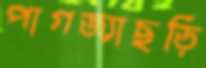
পাগজ্যাছড়ি